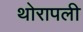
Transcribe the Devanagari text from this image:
थोरापली